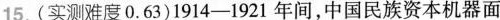
15.(实测难度0.63)1914-1921年间，中国民族资本机器面